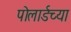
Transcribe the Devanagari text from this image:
पोलार्डच्या